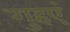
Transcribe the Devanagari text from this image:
गुहएं